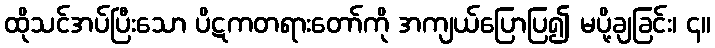
ထိုသင်အပ်ပြီးသော ပိဋကတရားတော်ကို အကျယ်ပြောပြ၍ မပို့ချခြင်း၊ ၄။